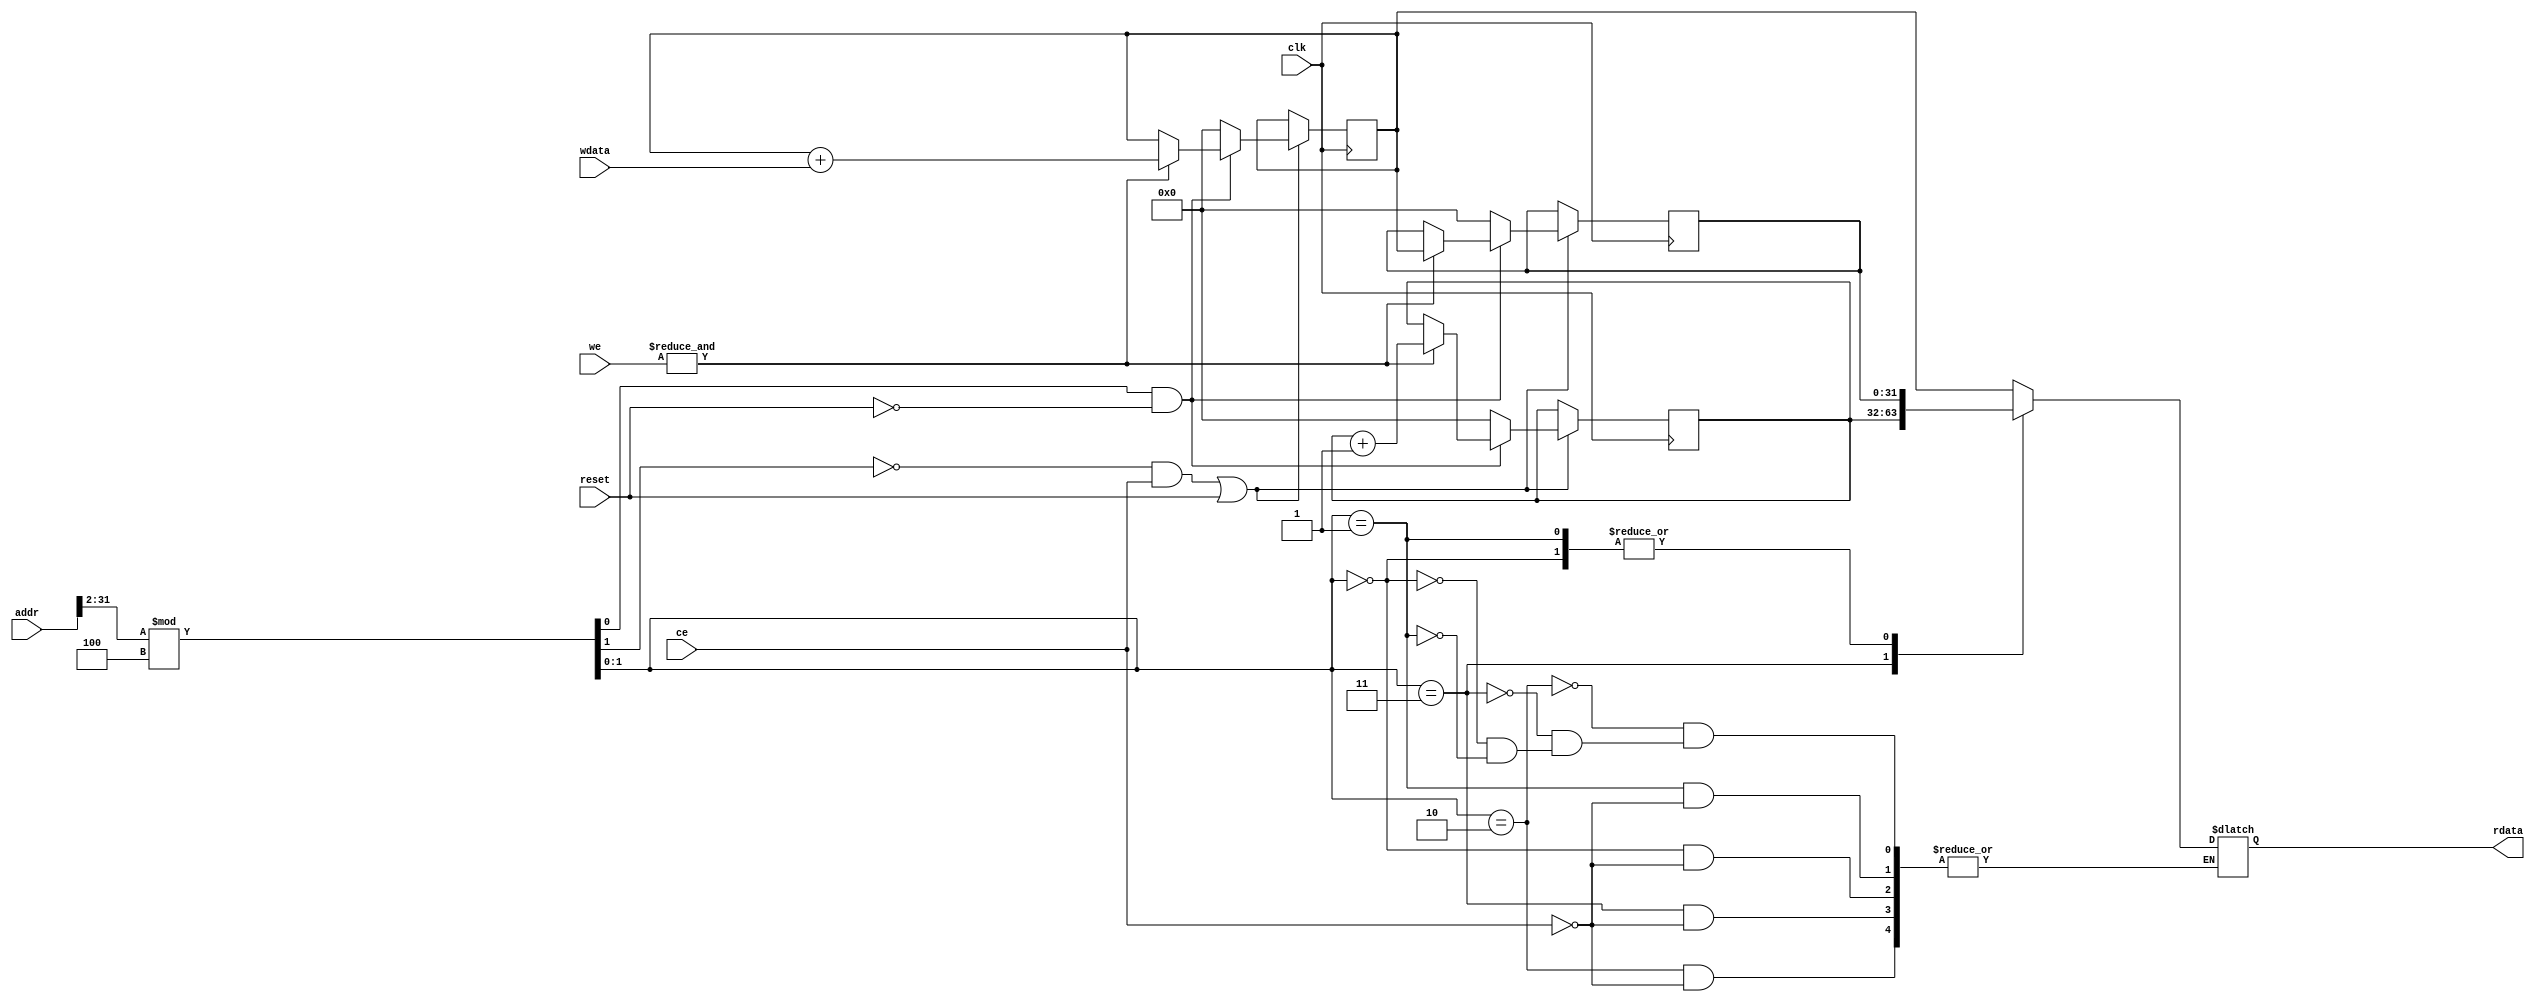
`timescale 1ns / 1ps
//////////////////////////////////////////////////////////////////////////////////
// Company: 
// Engineer: 
// 
// Design Name: 
// Module Name:    peripheral 
// Project Name: 
// Target Devices: 
// Tool versions: 
// Description: 
//
// Dependencies: 
//
// Revision: 
// Revision 0.01 - File Created
// Additional Comments: 
//
//////////////////////////////////////////////////////////////////////////////////
module peripheral(
		clk, reset, ce, we, addr , wdata,
		rdata
	);
		input clk, reset;
		input ce;
		input [3:0]we;
		input [31:0] addr;  // only 2-bit address needed to decode 4 registers
		input [31:0] wdata;
		output reg [31:0] rdata;
		reg [31:0] ACCUM,rdata1;
		reg [31:0] COUNT;
		/*
		always@(*)
			begin
				case((addr>>2)%4)
						2'b10 : //BASE + 8
								begin
									if(ce)
										begin rdata = ACCUM ; end
								end
						2'b11 : //BASE + 12
								begin
									if(ce)
										begin rdata = COUNT ; end
								end
						default:
								rdata = 32'haa;
				endcase
			end
		always@(posedge clk)
			begin
				if(reset)
					begin
						ACCUM = 32'h0;
						COUNT = 32'h0;
					end
				case ((addr>>2)%4) 
					2'b00 ://BASE + 0
							begin
								if(ce)
									begin
										ACCUM = 32'h0;
										COUNT = 32'h0;
										rdata = 32'h0;
									end
							end
					2'b01 ://BASE + 4
							begin
								if(ce&(&we))
									begin 
										ACCUM = ACCUM + wdata;
										COUNT = COUNT + 1;
										rdata = ACCUM;
									end
							end
					default:
								begin
									ACCUM = ACCUM;
									COUNT = COUNT;
								end
				endcase
			end
			*/
		wire [1:0] innt;
		assign innt =(addr>>2)%4;
		always@(*)
			begin
				case(innt)
						2'b10 : //BASE + 8
								begin
									if(ce)
										begin rdata <= ACCUM ; end
								end
						2'b11 : //BASE + 12
								begin
									if(ce)
										begin rdata <= COUNT ; end
								end
						2'b00 :if(ce) rdata<=rdata1; 
						2'b01 :if(ce) rdata<=rdata1;
						default:
								rdata <= 32'haa;
				endcase
			end
		always@(posedge clk)
			begin
			if (~innt[1] & ce | reset) ACCUM <= (innt[0] & ~reset)? ((&we)? ACCUM + wdata :ACCUM):32'h0;
			if (~innt[1] & ce | reset) COUNT <= (innt[0] & ~reset)? ((&we)? COUNT + 1 :COUNT):32'h0;
			if (~innt[1] & ce | reset) rdata1 <= (innt[0] & ~reset)? ((&we)? ACCUM :rdata1):32'h0;
			end
endmodule